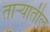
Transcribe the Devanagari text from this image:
तार्‍यातील